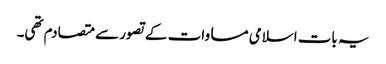
یہ بات اسلامی مساوات کے تصور سے متصادم تھی۔